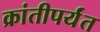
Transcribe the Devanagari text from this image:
क्रांतीपर्यंत